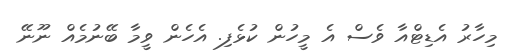
މިހާރު އެޑިޓްއާ ވެސް އެ މީހުން ކުޅެފި. އެހެން ވީމާ ބޭނުމެއް ނޫނޭ